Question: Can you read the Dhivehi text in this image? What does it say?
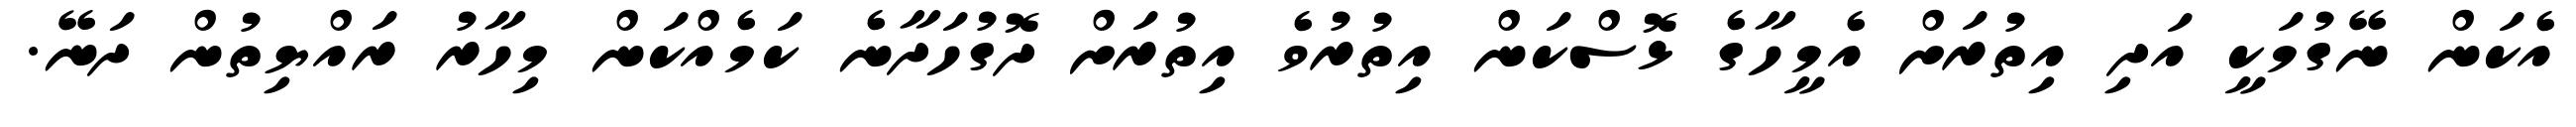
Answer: އެކަން ނޭގުމަކީ އަދި އިތުރަށް އެމީހާގެ ޅޮސްކަން އިތުރުވެ އިތުރަށް ދޮގުހަދާނެ ކަމެއްކަން މިހާރު ރައްޔިތުން ދަނޭ.